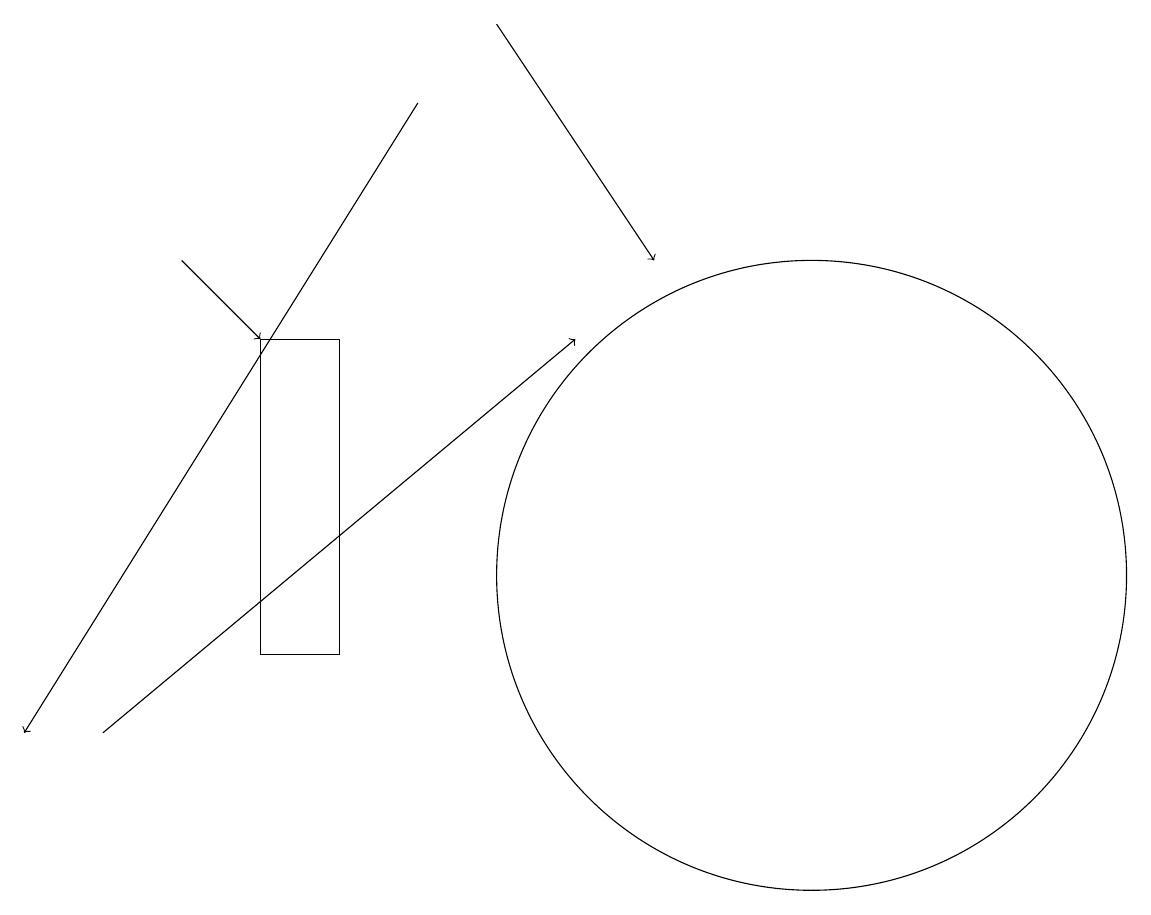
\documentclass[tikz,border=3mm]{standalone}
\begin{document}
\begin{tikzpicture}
\draw[->] (6,18) -- (1,10);
\draw[->] (3,16) -- (4,15);
\draw[->] (2,10) -- (8,15);
\draw (11,12) circle (4);
\draw (10,12) circle (0);
\draw[->] (7,19) -- (9,16);
\draw (5,11) rectangle (4,15);
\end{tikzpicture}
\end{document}